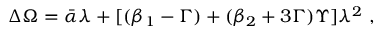
\Delta \Omega = { \bar { \alpha } } \lambda + [ ( \beta _ { 1 } - \Gamma ) + ( \beta _ { 2 } + 3 \Gamma ) \Upsilon ] \lambda ^ { 2 } \ ,